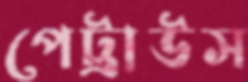
পেট্রাউস